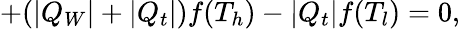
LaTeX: +(|Q_{W}|+|Q_{t}|)f(T_{h})-|Q_{t}|f(T_{l})=0,